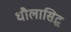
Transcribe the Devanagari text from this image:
धौलासिद्ध